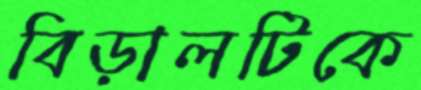
বিড়ালটিকে